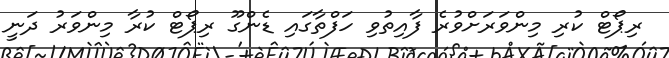
ރިޕޯޓް ކުރި މިންވަރަށްވުރެ ފާއިތުވި ހަފްތާގައި ޑެންގޫ ރިޕޯޓް ކުރާ މިންވަރު ދަނީ